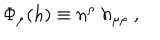
LaTeX: \Phi _ { \mu } ( h ) \equiv n ^ { \rho } \; h _ { \mu \rho } \; ,